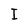
Character: I